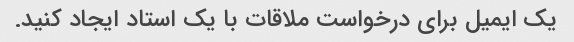
یک ایمیل برای درخواست ملاقات با یک استاد ایجاد کنید.